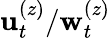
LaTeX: \mathbf{u}_{t}^{(z)}/\mathbf{w}_{t}^{(z)}